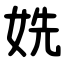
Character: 姺